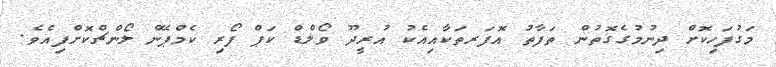
މަގުފަހިކޮށް ދިނުމުގެގޮތުން ތަފާތު އޮފަރތަކާއިއެކު އުރީދޫ ވޯލްޑް ކަޕް ފޯރި ކެމްޕޭން ލޯންޗްކޮށްފިއެވެ.